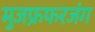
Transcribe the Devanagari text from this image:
मुजफ्रफरजंग